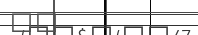
٣٦